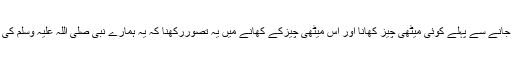
۸ عید گاہ جانے سے پہلے کوئی میٹھی چیز کھانا اور اس میٹھی چیزکے کھانے میں یہ تصوررکھنا کہ یہ ہمارے نبی صلی اللہ علیہ وسلم کی سنت ہے۔